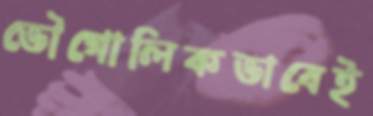
ভৌগোলিকভাবেই